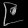
Digit: ၉